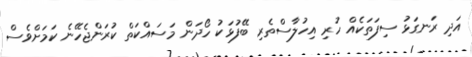
އަދި ރަނގަޅު ސިފަތަކެއް ހުރި އިހުލާސްތެރި ބޭފުޅަކު ހޯދަން މަސައްކަތް ކުރަންޖެހޭނެ ކަމަށްވެސް